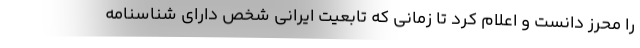
را محرز دانست و اعلام کرد تا زمانی که تابعیت ایرانی شخص دارای شناسنامه